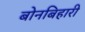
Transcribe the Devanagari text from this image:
बोनबिहारी